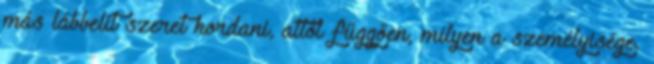
más lábbelit szeret hordani, attól függően, milyen a személyisége.